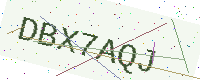
Text: DBX7AQJ